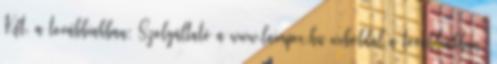
Kft. a továbbiakban: Szolgáltató a www.laimpex.hu weboldal a továbbiakban: